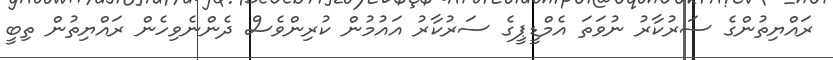
ރައްޔިތުންގެ ސަރުކާރު ނުވަތަ އެމްޑީޕީގެ ސަރުކާރު އައުމުން ކުރިންވެސް ދެންނެވިހެން ރައްޔިތުން ތިބީ